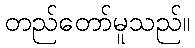
တည်တော်မူသည်။